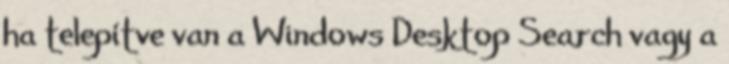
ha telepítve van a Windows Desktop Search vagy a